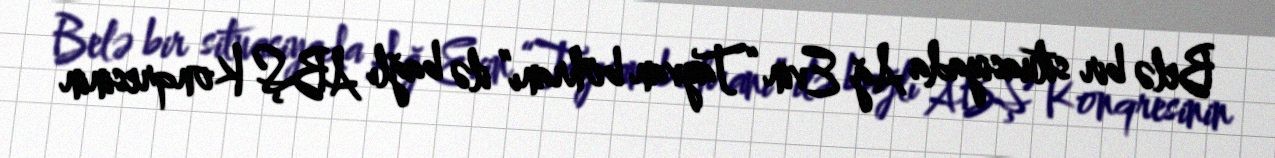
Belə bir situasiyada Ağ Evin “Tayvan böhranı” ilə bağlı ABŞ Konqresinin